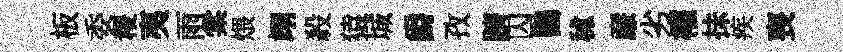
板委稷夷雨棠煨翊殺猿城爵孜躋囚鸚秫亷劣權抺疾喪